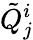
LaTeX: \tilde{Q}_{j}^{i}